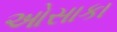
ઓસાકા